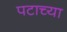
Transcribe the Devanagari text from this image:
पटाच्या